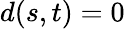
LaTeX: d(s,t)=0